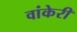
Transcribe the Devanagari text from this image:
वांकेरी